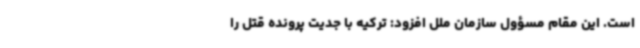
است. این مقام مسؤول سازمان ملل افزود: ترکیه با جدیت پرونده قتل را